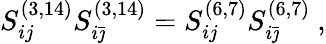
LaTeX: S_{ij}^{(3,14)}S_{i{\bar{\jmath}}}^{(3,14)}=S_{ij}^{(6,7)}S_{i{\bar{\jmath}}}^{(6,7)}\ ,